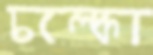
চল্‌কো